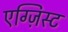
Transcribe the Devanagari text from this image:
एग्ज़िस्ट